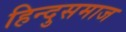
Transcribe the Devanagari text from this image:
हिन्दुसमाज